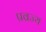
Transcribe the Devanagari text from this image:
प्रव्रज्य